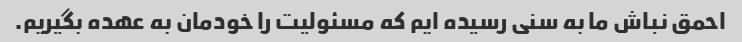
احمق نباش ما به سنی رسیده ایم که مسئولیت را خودمان به عهده بگیریم.